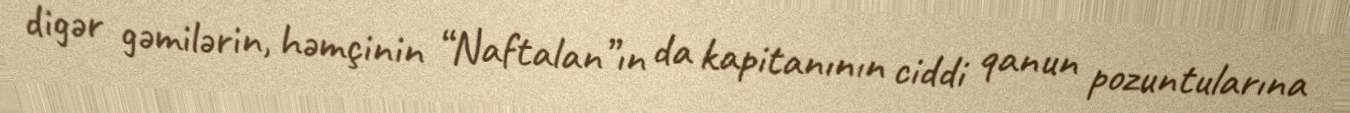
digər gəmilərin, həmçinin “Naftalan”ın da kapitanının ciddi qanun pozuntularına